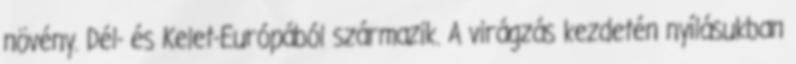
növény. Dél- és Kelet-Európából származik. A virágzás kezdetén nyílásukban